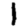
Digit: 1